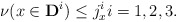
\begin{align*}\nu(x\in\mathbf{D}^{i})\le j_{x}^{i}i=1,2,3.\end{align*}